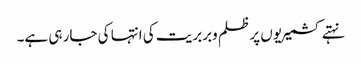
نہتے کشمیریوں پر ظلم وبربریت کی انتہا کی جار ہی ہے۔